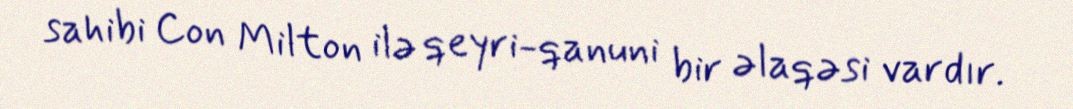
sahibi Con Milton ilə qeyri-qanuni bir əlaqəsi vardır.